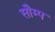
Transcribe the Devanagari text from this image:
सौम्प